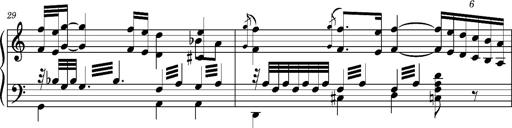
Title: Ungarischer Romanzero
Composer: Franz Liszt